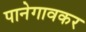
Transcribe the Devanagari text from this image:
पानेगावकर